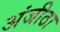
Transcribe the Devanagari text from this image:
अंजीठा